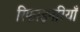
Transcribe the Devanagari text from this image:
रिफाइनरियाँ